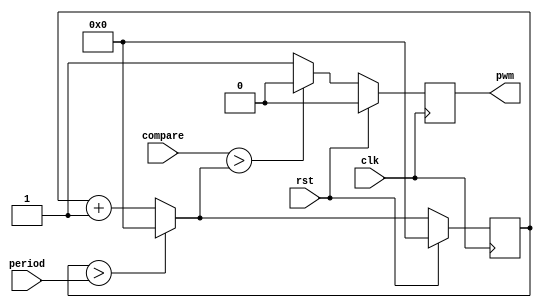
`timescale 1ns / 1ps
//////////////////////////////////////////////////////////////////////////////////
// Company: 
// Engineer: 
// 
// Design Name: 
// Module Name:    pwm 
// Project Name: 
// Target Devices: 
// Tool versions: 
// Description: 
//
// Dependencies: 
//
// Revision: 
// Revision 0.01 - File Created
// Additional Comments: 
//
//////////////////////////////////////////////////////////////////////////////////
module pwm #(parameter MAX_WAVE = 24) (
  input clk,
  input rst,
  input [MAX_WAVE-1:0] period,
  input [MAX_WAVE-1:0] compare,
  output pwm
  );

reg pwm_d, pwm_q;
reg [MAX_WAVE-1:0] ctr_d, ctr_q;

assign pwm = pwm_q;

always@(ctr_q) begin
    // reset ctr when we get to period, else increment
    if (ctr_q > period) begin
        ctr_d = 1'b0;
    end else begin
        ctr_d = ctr_q + 1'b1;
    end

    // set pwm based on ctr and compare threshold
    if (compare > ctr_d) begin
        pwm_d = 1'b0;
    end else begin
        pwm_d = 1'b1;
    end
end

always@(posedge clk) begin
    if (rst) begin
        ctr_q <= 1'b0;
		  pwm_q <= 1'b0;
    end else begin
        ctr_q <= ctr_d;
		  pwm_q <= pwm_d;
    end
end

endmodule